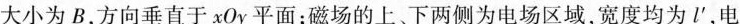
大小为B，方向垂直于xOy平面；磁场的上、下两侧为电场区域，宽度均为lp^{\prime}，电